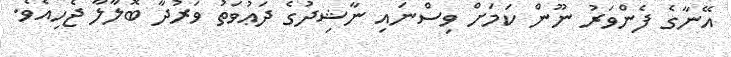
އޭނާގެ ފެންވަރު ނޫން ކަމަށް ވިސްނައި ނާޝިދުގެ ދަޢުވަތު ވަރުދާ ބޮލާލާ ޖެހިއެވެ.